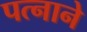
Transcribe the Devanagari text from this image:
पत्‍नाने